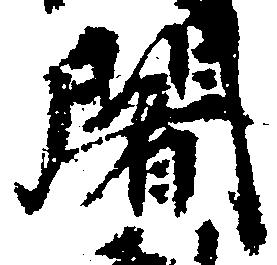
闍